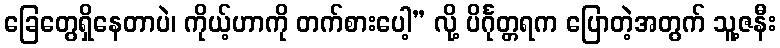
ခြေတွေရှိနေတာပဲ၊ ကိုယ့်ဟာကို တက်စားပေါ့” လို့ ပိင်္ဂုတ္တရက ပြောတဲ့အတွက် သူ့ဇနီး